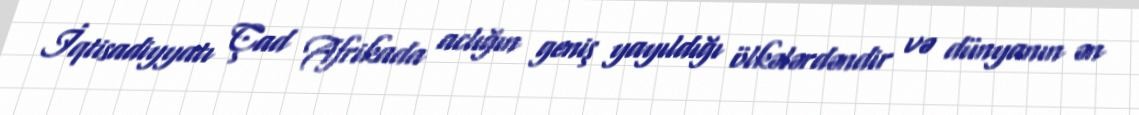
İqtisadiyyatı Çad Afrikada aclığın geniş yayıldığı ölkələrdəndir və dünyanın ən